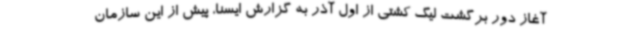
آغاز دور برگشت لیگ کشتی از اول آذر به گزارش ایسنا، پیش از این سازمان